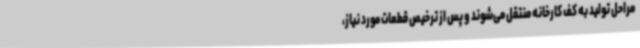
مراحل تولید به کف کارخانه منتقل می‌شوند و پس از ترخیص قطعات مورد نیاز،